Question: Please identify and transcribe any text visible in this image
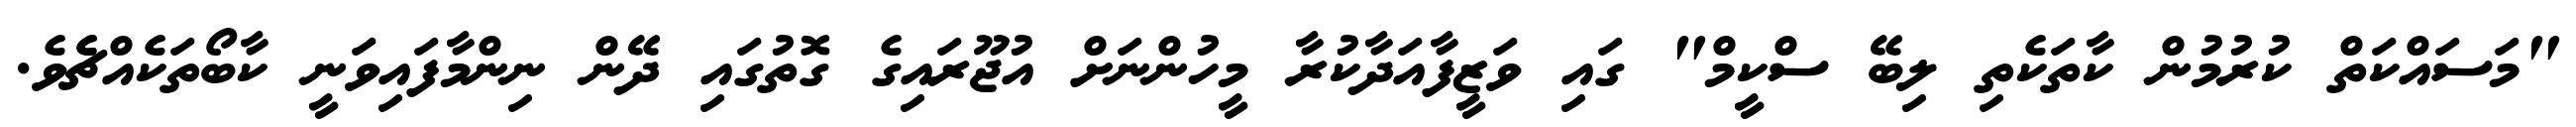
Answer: "މަސައްކަތް ކުރުމުން ކާތަކެތި ލިބޭ ސްކީމް" ގައި ވަޒީފާއަދާކުރާ މީހުންނަށް އުޖޫރައިގެ ގޮތުގައި ދޭން ނިންމާފައިވަނީ ކާބޯތަކެއްޗެެވެ.